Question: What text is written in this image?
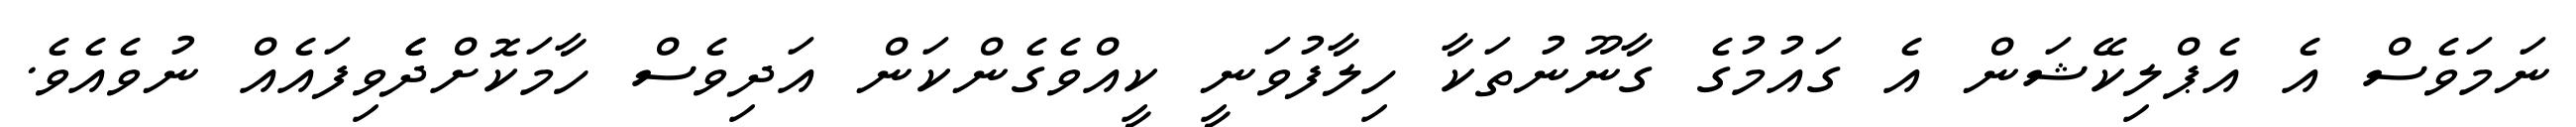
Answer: ނަމަވެސް އެ އެޕްލިކޭޝަން އެ ގައުމުގެ ގާނޫނުތަކާ ހިލާފުވަނީ ކީއްވެގެންކަން އަދިވެސް ހާމަކޮށްދެެވިފައެއް ނުވެއެވެ.